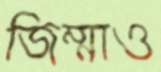
জিম্মাও